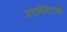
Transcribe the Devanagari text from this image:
दत्तमंदिराची